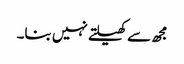
مجھ سے کھیلتے نہیں بنا۔